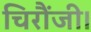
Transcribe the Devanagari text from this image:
चिरौंजी।